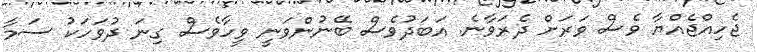
ޖެހިއްޖެއްޔާ ވެސް ވަރަށް ދެރަވާނެ. އަބަދުވެސް ބޭނުންވަނީ ވީހާވެސް ގިނަ ދުވަހަކު ސަމާ